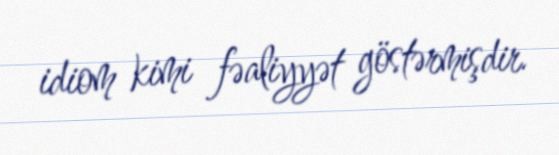
idiom kimi fəaliyyət göstərmişdir.